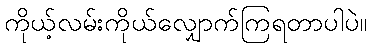
ကိုယ့်လမ်းကိုယ်လျှောက်ကြရတာပါပဲ။